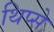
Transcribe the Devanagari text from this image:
थिप्से